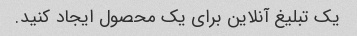
یک تبلیغ آنلاین برای یک محصول ایجاد کنید.